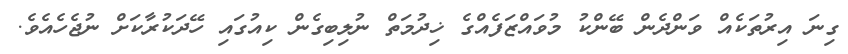
ގިނަ އިރުތަކެއް ވަންދެން ބޭންކު މުވައްޒަފެއްގެ ޚިދުމަތް ނުލިބިގެން ކިއުގައި ހޭދަކުރާކަށް ނުޖެހެއެވެ.